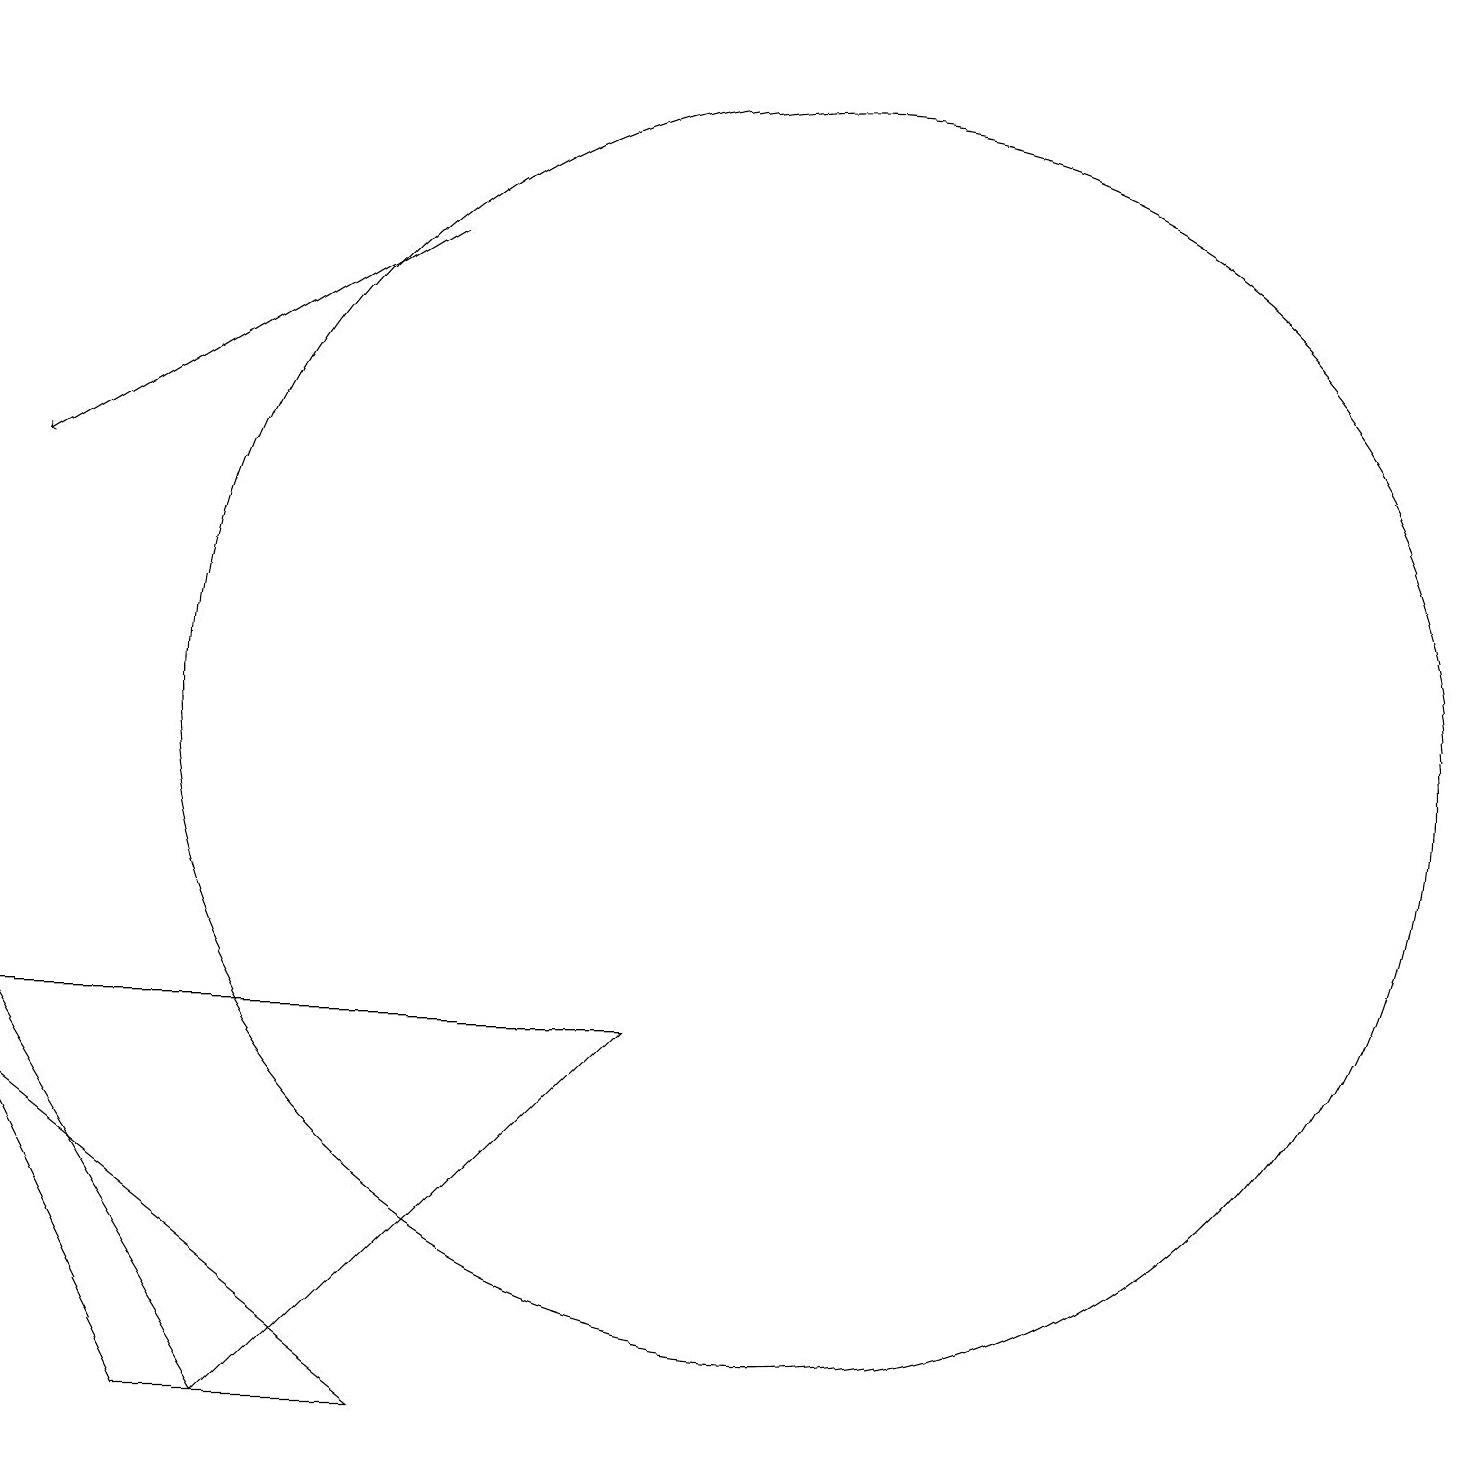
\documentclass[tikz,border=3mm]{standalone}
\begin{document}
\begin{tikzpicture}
\draw[->] (5,16) -- (0,13);
\draw (0,6) -- (8,6) -- (3,1) -- cycle;
\draw (10,10) circle (8);
\draw (5,1) -- (2,1) -- (0,5) -- cycle;
\draw[->] (1,19) -- (1,19);
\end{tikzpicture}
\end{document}